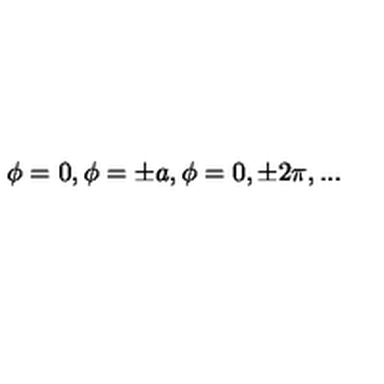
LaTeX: \phi = 0 , \phi = \pm a , \phi = 0 , \pm 2 \pi , . . .